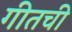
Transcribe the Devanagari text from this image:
गीतची